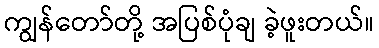
ကျွန်တော်တို့ အပြစ်ပုံချ ခဲ့ဖူးတယ်။